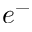
e ^ { - }